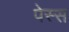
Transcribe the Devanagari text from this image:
पेस्स